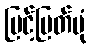
မြင့်မြတ်ပုံ